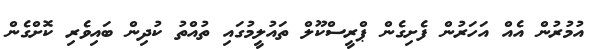
އުމުރުން އެއް އަހަރުން ފެށިގެން ޕްރީސްކޫލް ތައުލީމުގައި ތުއްތު ކުދިން ބައިވެރި ކޮށްގެން